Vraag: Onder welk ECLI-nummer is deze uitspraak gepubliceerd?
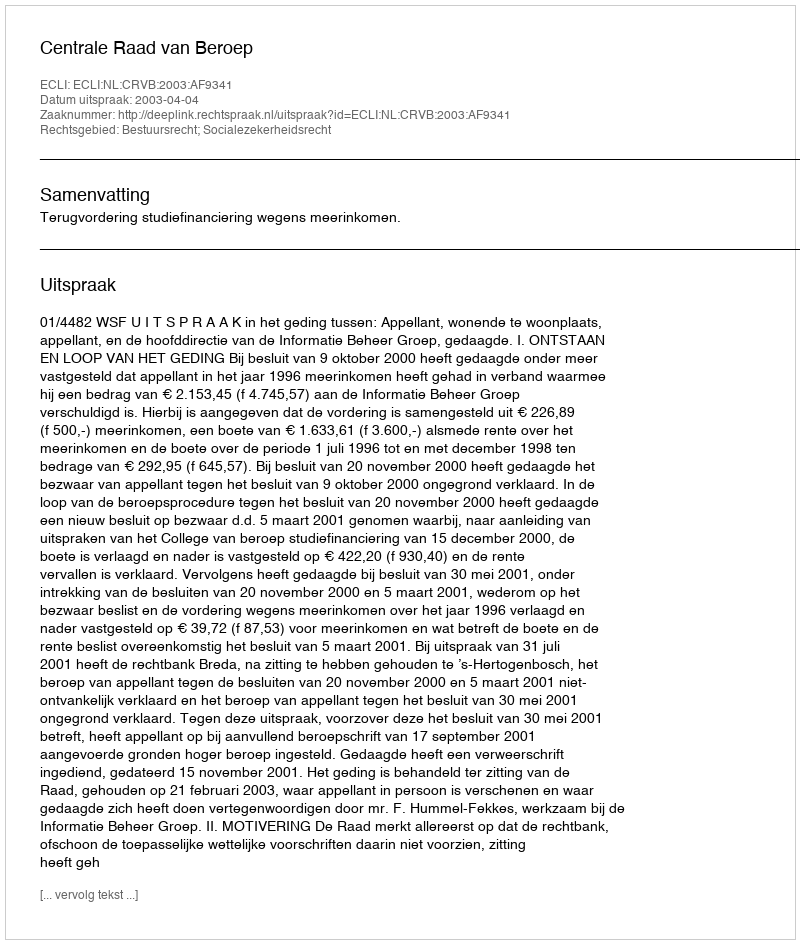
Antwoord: ECLI:NL:CRVB:2003:AF9341